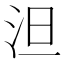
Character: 泹